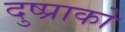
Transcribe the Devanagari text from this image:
दुष्प्राको